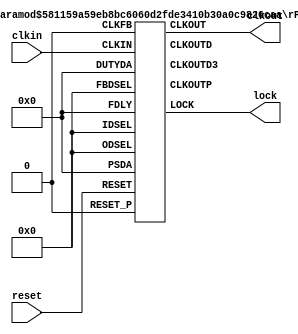
//Copyright (C)2014-2019 Gowin Semiconductor Corporation.
//All rights reserved.
//File Title: IP file
//GOWIN Version: V1.9.3Beta
//Part Number: GW1N-LV1QN48C6/I5
//Created Time: Wed Dec 25 13:30:00 2019

module Gowin_rPLL (clkout, lock, reset, clkin);

output clkout;
output lock;
input reset;
input clkin;

wire clkoutp_o;
wire clkoutd_o;
wire clkoutd3_o;
wire gw_gnd;

assign gw_gnd = 1'b0;

rPLL rpll_inst (
    .CLKOUT(clkout),
    .LOCK(lock),
    .CLKOUTP(clkoutp_o),
    .CLKOUTD(clkoutd_o),
    .CLKOUTD3(clkoutd3_o),
    .RESET(reset),
    .RESET_P(gw_gnd),
    .CLKIN(clkin),
    .CLKFB(gw_gnd),
    .FBDSEL({gw_gnd,gw_gnd,gw_gnd,gw_gnd,gw_gnd,gw_gnd}),
    .IDSEL({gw_gnd,gw_gnd,gw_gnd,gw_gnd,gw_gnd,gw_gnd}),
    .ODSEL({gw_gnd,gw_gnd,gw_gnd,gw_gnd,gw_gnd,gw_gnd}),
    .PSDA({gw_gnd,gw_gnd,gw_gnd,gw_gnd}),
    .DUTYDA({gw_gnd,gw_gnd,gw_gnd,gw_gnd}),
    .FDLY({gw_gnd,gw_gnd,gw_gnd,gw_gnd})
);

defparam rpll_inst.FCLKIN = "24";
defparam rpll_inst.DYN_IDIV_SEL = "false";
defparam rpll_inst.IDIV_SEL = 1;
defparam rpll_inst.DYN_FBDIV_SEL = "false";
defparam rpll_inst.FBDIV_SEL = 8;
defparam rpll_inst.DYN_ODIV_SEL = "false";
defparam rpll_inst.ODIV_SEL = 8;
defparam rpll_inst.PSDA_SEL = "0000";
defparam rpll_inst.DYN_DA_EN = "true";
defparam rpll_inst.DUTYDA_SEL = "1000";
defparam rpll_inst.CLKOUT_FT_DIR = 1'b1;
defparam rpll_inst.CLKOUTP_FT_DIR = 1'b1;
defparam rpll_inst.CLKOUT_DLY_STEP = 0;
defparam rpll_inst.CLKOUTP_DLY_STEP = 0;
defparam rpll_inst.CLKFB_SEL = "internal";
defparam rpll_inst.CLKOUT_BYPASS = "false";
defparam rpll_inst.CLKOUTP_BYPASS = "false";
defparam rpll_inst.CLKOUTD_BYPASS = "false";
defparam rpll_inst.DYN_SDIV_SEL = 2;
defparam rpll_inst.CLKOUTD_SRC = "CLKOUT";
defparam rpll_inst.CLKOUTD3_SRC = "CLKOUT";
defparam rpll_inst.DEVICE = "GW1N-1";

endmodule //Gowin_rPLL

module rPLL (CLKOUT, CLKOUTP, CLKOUTD, CLKOUTD3, LOCK, CLKIN, CLKFB, FBDSEL, IDSEL, ODSEL, DUTYDA, PSDA, FDLY, RESET, RESET_P);
input CLKIN;
input CLKFB;
input RESET;
input RESET_P;
input [5:0] FBDSEL;
input [5:0] IDSEL;
input [5:0] ODSEL;
input [3:0] PSDA,FDLY;
input [3:0] DUTYDA;
output CLKOUT;
output LOCK;
output CLKOUTP;
output CLKOUTD;
output CLKOUTD3;

parameter FCLKIN = "100.0";
parameter DYN_IDIV_SEL= "false";
parameter IDIV_SEL = 0;
parameter DYN_FBDIV_SEL= "false";
parameter FBDIV_SEL = 0;
parameter DYN_ODIV_SEL= "false";
parameter ODIV_SEL = 8;
parameter PSDA_SEL= "0000";
parameter DYN_DA_EN = "false";
parameter DUTYDA_SEL= "1000";
parameter CLKOUT_FT_DIR = 1'b1;
parameter CLKOUTP_FT_DIR = 1'b1;
parameter CLKOUT_DLY_STEP = 0;
parameter CLKOUTP_DLY_STEP = 0;
parameter CLKFB_SEL = "internal";
parameter CLKOUT_BYPASS = "false";
parameter CLKOUTP_BYPASS = "false";
parameter CLKOUTD_BYPASS = "false";
parameter DYN_SDIV_SEL = 2;
parameter CLKOUTD_SRC = "CLKOUT";
parameter CLKOUTD3_SRC = "CLKOUT";
parameter DEVICE = "GW1N-2";

endmodule